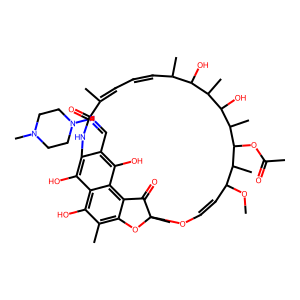
SMILES: COC1C=COC2(C)Oc3c(C)c(O)c4c(O)c(c(C=NN5CCN(C)CC5)c(O)c4c3C2=O)NC(=O)C(C)=CC=CC(C)C(O)C(C)C(O)C(C)C(OC(C)=O)C1C
Inhibits HIV replication: No